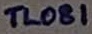
Text: TL081